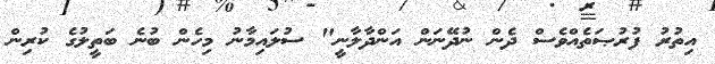
އިތުރު ފުރުޞަތެއްވެސް ދެން ނުދޭނަން އަންދާލާނީ" ސުލައިމާނު މިހެން ބުނެ ބަތީލުގެ ކުރިން